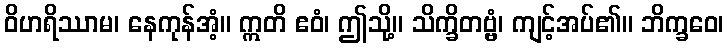
ဝိဟရိဿာမ၊ နေကုန်အံ့။ ဣတိ ဧဝံ၊ ဤသို့။ သိက္ခိတဗ္ဗံ၊ ကျင့်အပ်၏။ ဘိက္ခဝေ၊